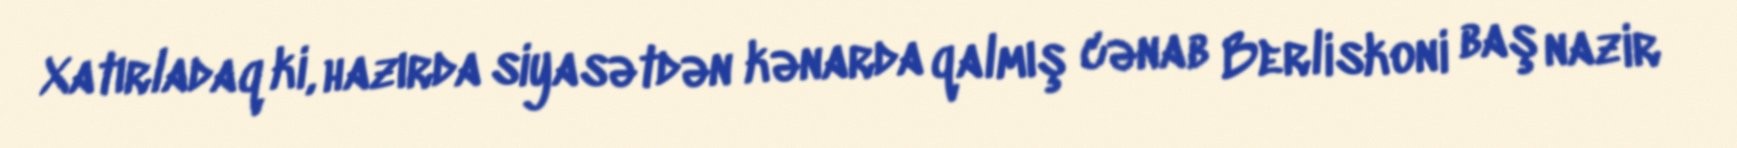
Xatırladaq ki, hazırda siyasətdən kənarda qalmış cənab Berliskoni baş nazir